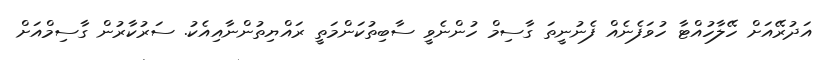
އަދުރޭއަށް ހޭލާހުއްޓާ ހުވަފެނެއް ފެނުނީތަ ގާސިމް ހުންނެވީ ސާބިތުކަންމަތީ ރައްޔިތުންނާއިއެކު. ސަރުކާރުން ގާސިމްއަށް